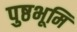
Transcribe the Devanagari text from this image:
पुष्ठभूमि